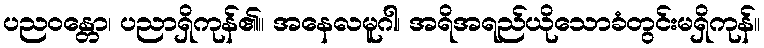
ပညဝန္တော၊ ပညာရှိကုန်၏။ အနေလမူဂါ၊ အရိအရည်ယိုသောခံတွင်းမရှိကုန်။